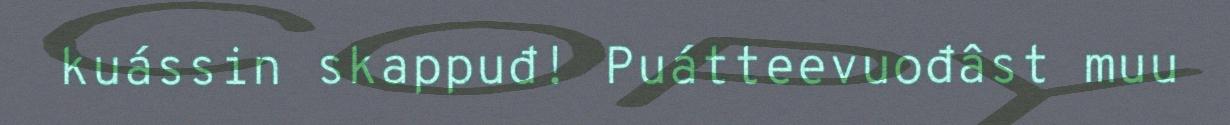
kuássin skappuđ! Puátteevuođâst muu